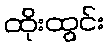
ထိုးထွင်း